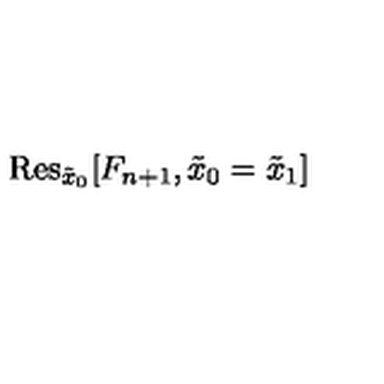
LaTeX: \mathrm { R e s } _ { \tilde { x } _ { 0 } } [ F _ { n + 1 } , \tilde { x } _ { 0 } = \tilde { x } _ { 1 } ]